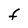
Character: F